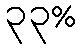
၃၃%